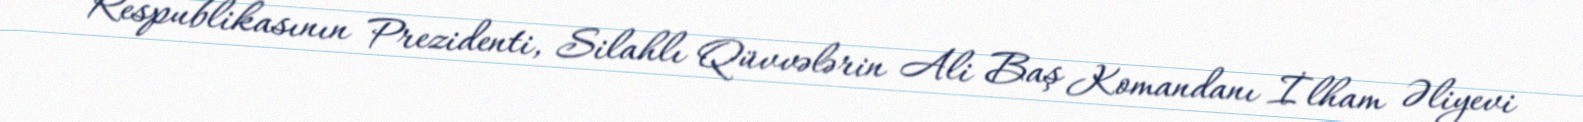
Respublikasının Prezidenti, Silahlı Qüvvələrin Ali Baş Komandanı İlham Əliyevi